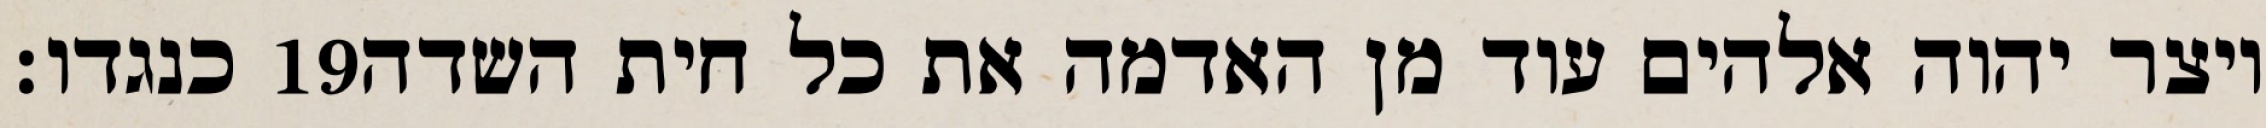
כנגדו׃ ‎19‏ ויצר יהוה אלהים עוד מן האדמה את כל חית השדה